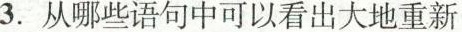
3.从哪些语句中可以看出大地重新